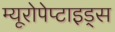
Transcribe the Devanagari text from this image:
म्यूरोपेप्टाइड्स